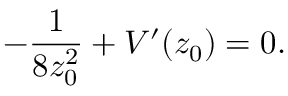
- \frac { 1 } { 8 z _ { 0 } ^ { 2 } } + V ^ { \prime } ( z _ { 0 } ) = 0 .